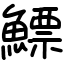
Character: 鰾